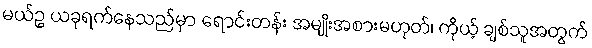
မယ်ဥ ယခုရက်နေသည်မှာ ရောင်းတန်း အမျိုးအစားမဟုတ်၊ ကိုယ့် ချစ်သူအတွက်